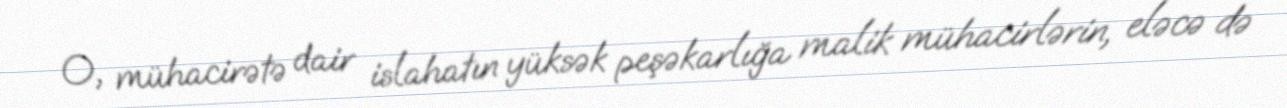
O, mühacirətə dair islahatın yüksək peşəkarlığa malik mühacirlərin, eləcə də